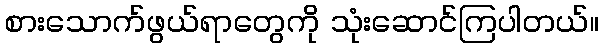
စားသောက်ဖွယ်ရာတွေကို သုံးဆောင်ကြပါတယ်။